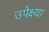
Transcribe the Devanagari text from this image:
उपेक्ष्या